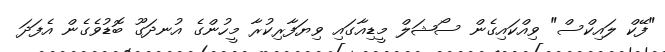
"ފޭކް ލައިކްސް" ވިއްކައިގެން ސޯޝަލް މީޑިއާގައި ވިޔަފާރިކުރާ މީހުންގެ އުނދަގޫ ބޮޑުވެގެން އެފަދަ